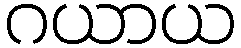
ဂယာယ